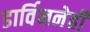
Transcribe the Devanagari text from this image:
डार्विननेही